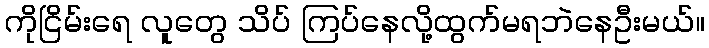
ကိုငြိမ်းရေ လူတွေ သိပ် ကြပ်နေလို့ထွက်မရဘဲနေဦးမယ်။